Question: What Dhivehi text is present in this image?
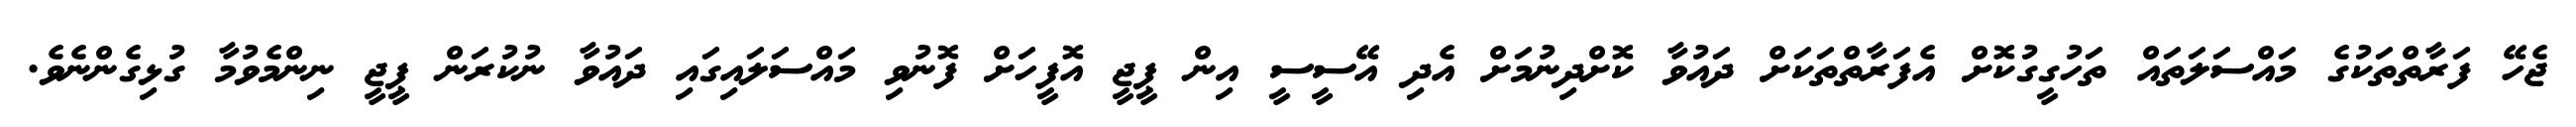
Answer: ޖެހޭ ފަރާތްތަކުގެ މައްސަލަތައް ތަހުގީގުކޮށް އެފަރާތްތަކަށް ދައުވާ ކޮށްދިނުމަށް އެދި އޭސީސީ އިން ޕީޖީ އޮފީހަށް ފޮނުވި މައްސަލައިގައި ދައުވާ ނުކުރަން ޕީޖީ ނިންމެވުމާ ގުޅިގެންނެވެ.